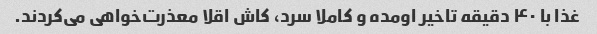
غذا با ۴۰ دقیقه تاخیر اومده و کاملا سرد، کاش اقلا معذرت‌خواهی می‌کردند.